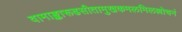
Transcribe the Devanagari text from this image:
वामाङ्कारूढसीतामुखकमलमिलल्लोचनं